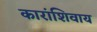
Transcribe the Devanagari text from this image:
कारांशिवाय